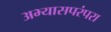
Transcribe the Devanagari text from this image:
अभ्यासपरंपरा